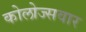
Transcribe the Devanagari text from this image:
कोलोज्सवार